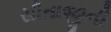
સીતાજીની